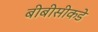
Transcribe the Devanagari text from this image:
बीबीसीकडे